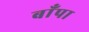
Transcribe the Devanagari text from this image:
बाँपा